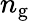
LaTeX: n_{\mathrm{g}}